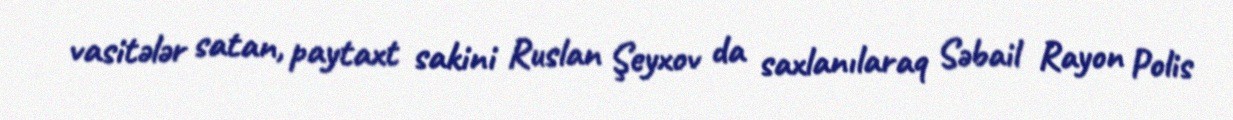
vasitələr satan, paytaxt sakini Ruslan Şeyxov da saxlanılaraq Səbail Rayon Polis